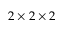
2 \times 2 \times 2